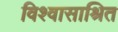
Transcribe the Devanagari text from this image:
विश्वासाश्रित